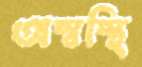
অস্বস্থি